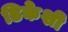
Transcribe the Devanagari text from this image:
डिकेशी